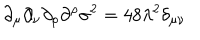
LaTeX: \partial _ { \mu } \partial _ { \nu } \partial _ { \rho } \partial ^ { \rho } \sigma ^ { 2 } = 4 8 \lambda ^ { 2 } \delta _ { \mu \nu }